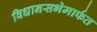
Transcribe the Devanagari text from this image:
विधानसभेमार्फत